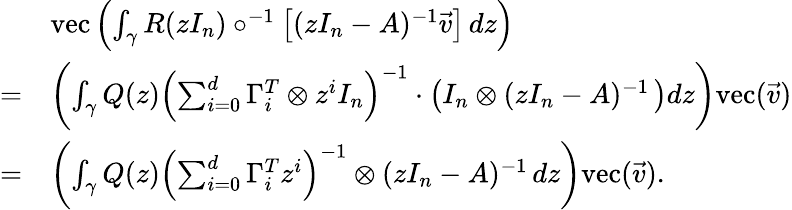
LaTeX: \begin{array}{rl}&{\mathrm{vec}\left(\int_{\gamma}R(zI_{n})\circ^{-1}\left[(zI_{n}-A)^{-1}\vec{v}\right]\, dz\right)}\\ {=}&{\left(\int_{\gamma}Q(z)\left(\sum_{i=0}^{d}\Gamma_{i}^{T}\otimes z^{i}I_{n}\right)^{-1}\cdot\left(I_{n}\otimes(zI_{n}-A)^{-1}\, \right)dz\right)\mathrm{vec}(\vec{v})}\\ {=}&{\left(\int_{\gamma}Q(z)\left(\sum_{i=0}^{d}\Gamma_{i}^{T}z^{i}\right)^{-1}\otimes(zI_{n}-A)^{-1}\, dz\right)\mathrm{vec}(\vec{v}).}\end{array}